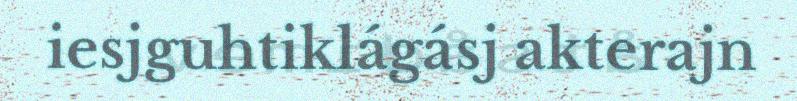
iesjguhtiklágásj akterajn